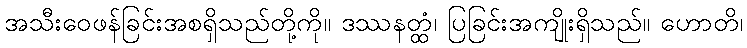
အသီးဝေဖန်ခြင်းအစရှိသည်တို့ကို။ ဒဿနတ္ထံ၊ ပြခြင်းအကျိုးရှိသည်။ ဟောတိ၊